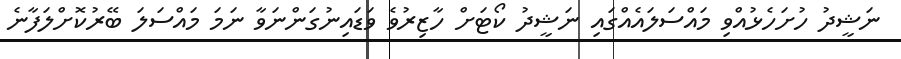
ނަޝީދު ހުށަހެޅުއްވި މައްސަލައެއްގައި ނަޝީދު ކޯޓަށް ހާޒިރުވެ ވަޑައިނުގަންނަވާ ނަމަ މައްސަލަ ބޭރުކޮށްލަފާނެ